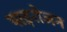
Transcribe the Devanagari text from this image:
पाइरोजन